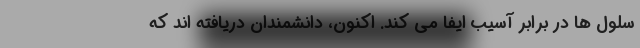
سلول ها در برابر آسیب ایفا می کند. اکنون، دانشمندان دریافته اند که